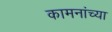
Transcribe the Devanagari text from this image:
कामनांच्या